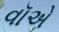
વૉએ